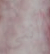
أنني